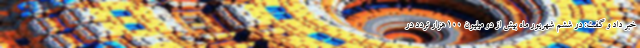
خبر داد و گفت: در ششم شهریور ماه بیش از دو میلیون ۱۰۰ هزار تردد در